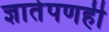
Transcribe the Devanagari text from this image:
ज्ञातेपणही